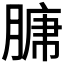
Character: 𮌣